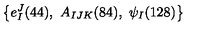
\left\{ e _ { I } ^ { J } ( 4 4 ) , \ A _ { I J K } ( 8 4 ) , \ \psi _ { I } ( 1 2 8 ) \right\}